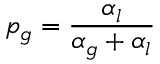
p _ { g } = \frac { \alpha _ { l } } { \alpha _ { g } + \alpha _ { l } }